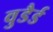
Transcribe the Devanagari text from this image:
वुडैर्ड